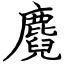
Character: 麑